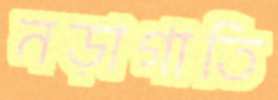
নড়াগাতি